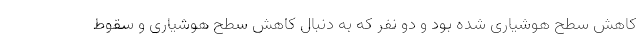
کاهش سطح هوشیاری شده بود و دو نفر که به دنبال کاهش سطح هوشیاری و سقوط